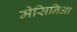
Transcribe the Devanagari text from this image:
मेसिनिआ